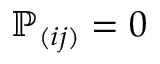
\mathbb P _ { ( i j ) } = 0